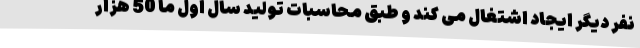
نفر دیگر ایجاد اشتغال می کند و طبق محاسبات تولید سال اول ما 50 هزار